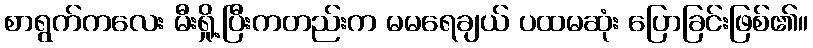
စာရွက်ကလေး မီးရှို့ပြီးကတည်းက မမရေချယ် ပထမဆုံး ပြောခြင်းဖြစ်၏။